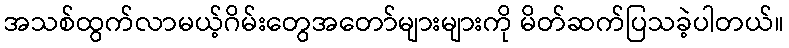
အသစ်ထွက်လာမယ့်ဂိမ်းတွေအတော်များများကို မိတ်ဆက်ပြသခဲ့ပါတယ်။